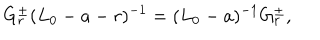
G _ { r } ^ { \pm } ( L _ { 0 } - a - r ) ^ { - 1 } = ( L _ { 0 } - a ) ^ { - 1 } G _ { r } ^ { \pm } ,